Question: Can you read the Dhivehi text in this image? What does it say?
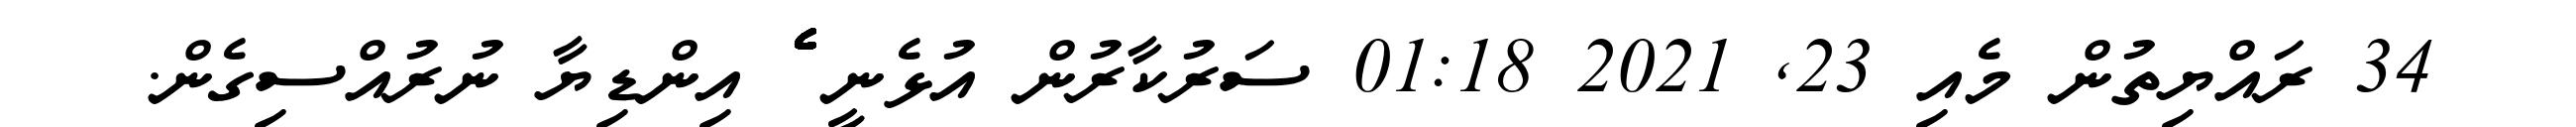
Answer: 34 ރައްޔިތުން މެއި 23, 2021 01:18 ސަރުކާރުން އުޅެނީ ެެެެެެެެެެެެެެެެެެެެެެެެެެެެެެެެެެެެެެެެެެެެެެެެެެެެެެެެެެެެެެެ އިންޑިޔާ ނުރުއްސިގެން.